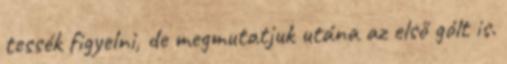
tessék figyelni, de megmutatjuk utána az első gólt is.